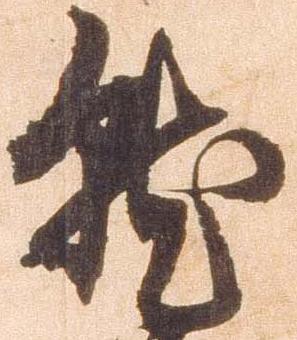
就